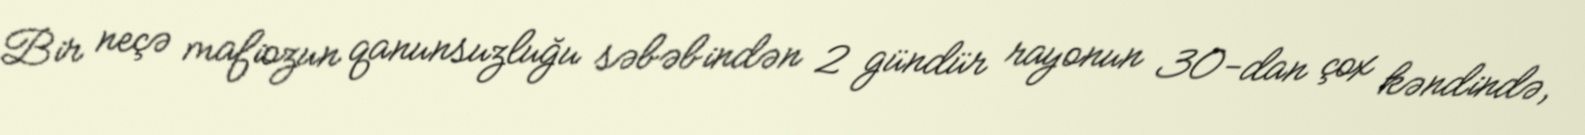
Bir neçə mafiozun qanunsuzluğu səbəbindən 2 gündür rayonun 30-dan çox kəndində,